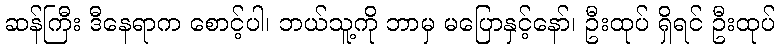
ဆန်ကြီး ဒီနေရာက စောင့်ပါ၊ ဘယ်သူ့ကို ဘာမှ မပြောနှင့်နော်၊ ဦးထုပ် ရှိရင် ဦးထုပ်